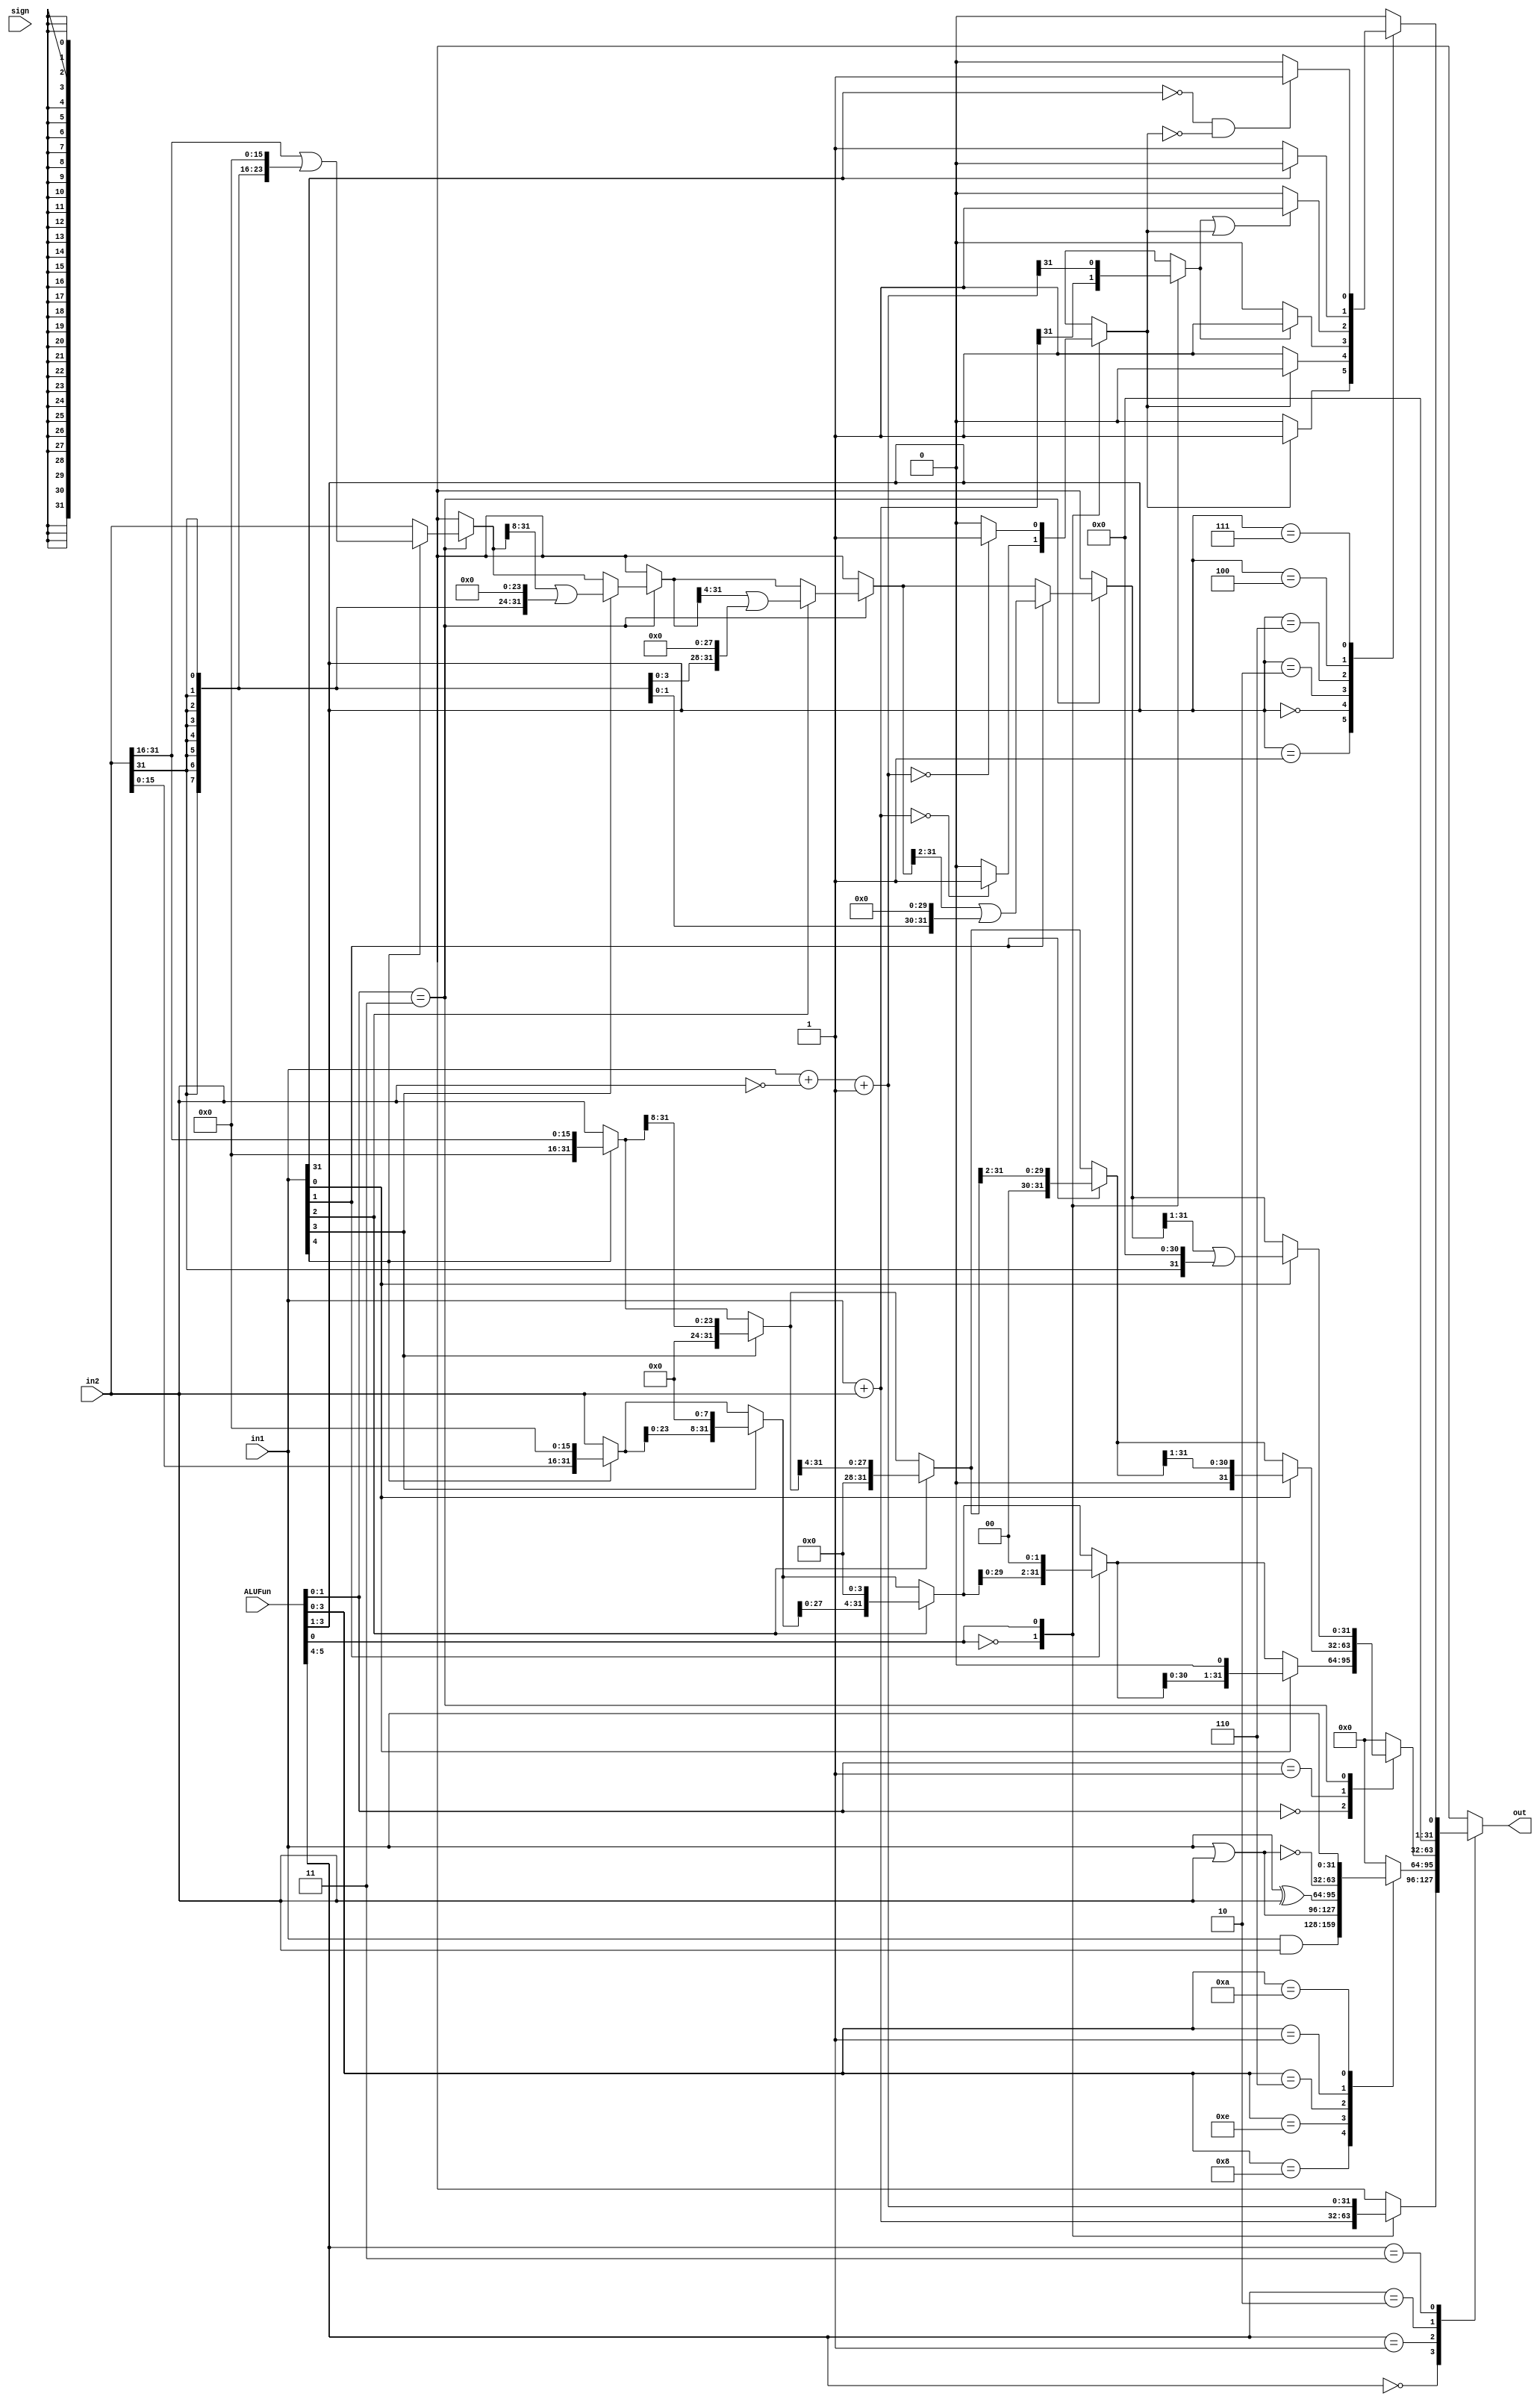
module ALU (
    input [31:0] in1, in2, 
    input [5:0] ALUFun,
    input sign, 
    output reg [31:0] out
);
    reg zero, overflow; 
    wire negative;
    reg [31:0] out00, out01, out10, out11;
    reg nega;

    assign negative = sign&nega;

    always @ (*) begin
        case (ALUFun[0])
            1'b0: begin
                out00 = in1 + in2;
                zero = (out00 == 1'b0)? 1'b1 : 1'b0;
                overflow = (sign&(in1[31]&in2[31]) ^ (in1[30]&in2[30])) | (~sign&(in1[31]&in2[31]));
                nega = out00[31];
            end
            1'b1: begin
                out00 = in1 + ~in2 + 32'b1;
                zero = (out00 == 1'b0)? 1'b1 : 1'b0;
                overflow = (sign&(in1[31]&in2[31]) ^ (in1[30]&in2[30])) | (~sign&(in1[31]&in2[31]));
                nega = out00[31];
            end
            default : out00 = 32'b0;
        endcase
        case (ALUFun[3:1])
            3'b001: out11 = zero ? 32'b1 : 32'b0;
            3'b000: out11 = zero ? 32'b0 : 32'b1;
            3'b010: out11 = nega ? 32'b1 : 32'b0;
            3'b110: out11 = (nega|zero) ? 32'b1 : 32'b0; // blez
            3'b100: out11 = (~in1[31]) ? 32'b1 : 32'b0; // bgez
            3'b111: out11 = (~in1[31]&~zero) ? 32'b1 : 32'b0; // bgtz
            default : out11 = 32'b0;
        endcase
        case (ALUFun[3:0])
            4'b1000: out01 = in1 & in2;
            4'b1110: out01 = in1 | in2;
            4'b0110: out01 = in1 ^ in2;
            4'b0001: out01 = ~(in1 | in2);
            4'b1010: out01 = in1;
            default : out01 = 32'b0;
        endcase
        case (ALUFun[1:0])
            2'b00: begin                            // sll
                        out10 = in2;
                        if (in1[4]) out10 = out10<<16;
                        if (in1[3]) out10 = out10<<8;
                        if (in1[2]) out10 = out10<<4;
                        if (in1[1]) out10 = out10<<2;
                        if (in1[0]) out10 = out10<<1;
                    end
            2'b01: begin                            // srl
                        out10 = in2;
                        if (in1[4]) out10 = out10>>16;
                        if (in1[3]) out10 = out10>>8;
                        if (in1[2]) out10 = out10>>4;
                        if (in1[1]) out10 = out10>>2;
                        if (in1[0]) out10 = out10>>1;
                    end
            2'b11: begin                            // sra
                        out10 = in2;
                        if (in1[4]) out10 = (out10>>16) | {{16{in2[31]}},{16{1'b0}}};
                        if (in1[3]) out10 = ((out10>>8) | {{8{in2[31]}},{24{1'b0}}});
                        if (in1[2]) out10 = (out10>>4) | {{4{in2[31]}},{28{1'b0}}};
                        if (in1[1]) out10 = (out10>>2) | {{2{in2[31]}},{30{1'b0}}};
                        if (in1[0]) out10 = (out10>>1) | {{1{in2[31]}},{31{1'b0}}};
                    end
            default : out10 = 32'b0;
        endcase
        case(ALUFun[5:4])
            2'b00: out = out00;
            2'b01: out = out01;
            2'b10: out = out10;
            2'b11: out = out11;
            default: out<= 32'b0;
        endcase
    end
endmodule